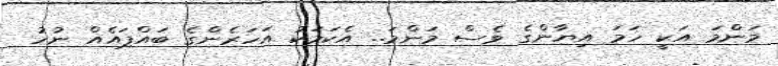
މަންމަ އަކީ ހަމަ އިޔާންގެ ވެސް މަންމަ.. އެކަމަކު އަހަރެންގެ ބައްޕައެއް ނުހު